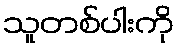
သူတစ်ပါးကို